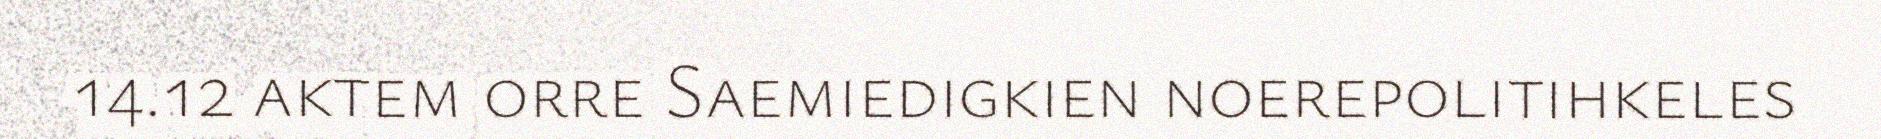
14.12 aktem orre Saemiedigkien noerepolitihkeles